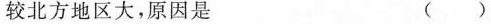
较北方地区大，原因是 ()